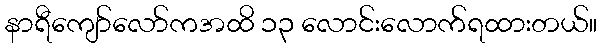
နာရီကျော်လော်ကအထိ ၁၃ လောင်းလောက်ရထားတယ်။